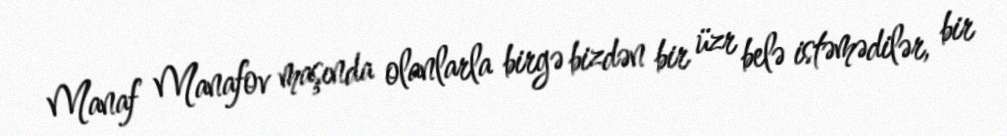
Manaf Manafov maşında olanlarla birgə bizdən bir üzr belə istəmədilər, bir